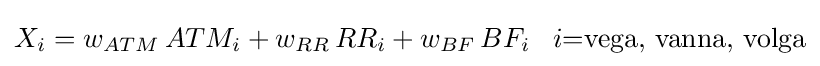
X_{i}=w_{ATM}\,{ATM_{i}}+w_{RR}\,{RR_{i}}+w_{BF}\,{BF_{i}}\,\,\,\,\,i{\text{=vega, vanna, volga}}